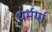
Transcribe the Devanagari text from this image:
धर्मयां